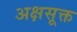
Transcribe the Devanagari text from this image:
अक्षसूक्त